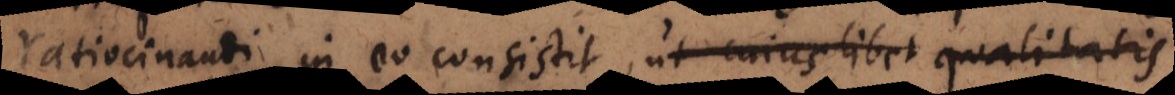
ratiocinandi in eo consistit, ut cujuslibet qualitatis